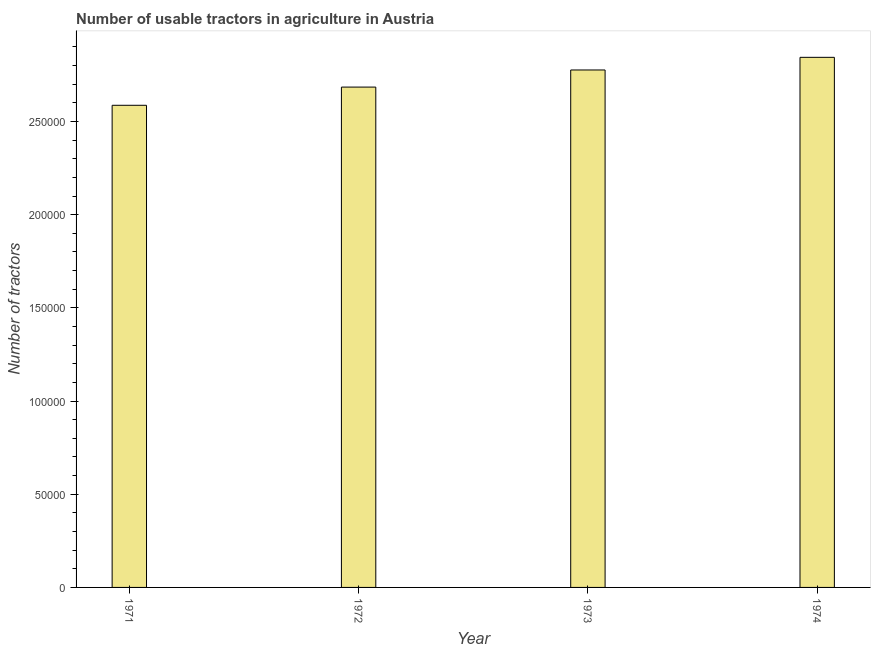
| Year | Agricultural machinery |
 | --- | --- |
 | 1971 | 2.59e+05 |
 | 1972 | 2.68e+05 |
 | 1973 | 2.78e+05 |
 | 1974 | 2.84e+05 |